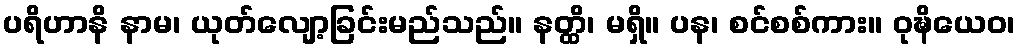
ပရိဟာနိ နာမ၊ ယုတ်လျော့ခြင်းမည်သည်။ နတ္ထိ၊ မရှိ။ ပန၊ စင်စစ်ကား။ ဝုဍ္ဎိယေဝ၊